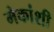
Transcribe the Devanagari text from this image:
मेकांशी